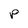
Character: P